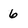
Character: 6